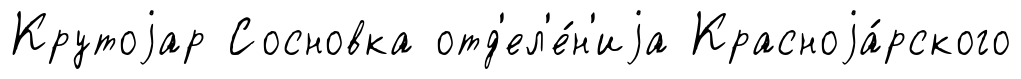
Крутоjар Сосновка отд'ел'е́н'иjа Красноjа́рского